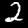
Digit: 2